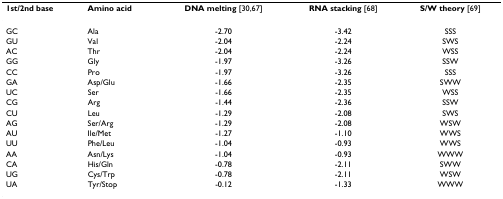
<table><thead><tr><td><b>1st/2nd base</b></td><td><b>Amino acid</b></td><td><b>DNA melting [30,67]</b></td><td><b>RNA stacking [68]</b></td><td><b>S/W theory [69]</b></td></tr></thead><tbody><tr><td>GC</td><td>Ala</td><td>-2.70</td><td>-3.42</td><td>SSS</td></tr><tr><td>GU</td><td>Val</td><td>-2.04</td><td>-2.24</td><td>SWS</td></tr><tr><td>AC</td><td>Thr</td><td>-2.04</td><td>-2.24</td><td>WSS</td></tr><tr><td>GG</td><td>Gly</td><td>-1.97</td><td>-3.26</td><td>SSW</td></tr><tr><td>CC</td><td>Pro</td><td>-1.97</td><td>-3.26</td><td>SSS</td></tr><tr><td>GA</td><td>Asp/Glu</td><td>-1.66</td><td>-2.35</td><td>SWW</td></tr><tr><td>UC</td><td>Ser</td><td>-1.66</td><td>-2.35</td><td>WSS</td></tr><tr><td>CG</td><td>Arg</td><td>-1.44</td><td>-2.36</td><td>SSW</td></tr><tr><td>CU</td><td>Leu</td><td>-1.29</td><td>-2.08</td><td>SWS</td></tr><tr><td>AG</td><td>Ser/Arg</td><td>-1.29</td><td>-2.08</td><td>WSW</td></tr><tr><td>AU</td><td>Ile/Met</td><td>-1.27</td><td>-1.10</td><td>WWS</td></tr><tr><td>UU</td><td>Phe/Leu</td><td>-1.04</td><td>-0.93</td><td>WWS</td></tr><tr><td>AA</td><td>Asn/Lys</td><td>-1.04</td><td>-0.93</td><td>WWW</td></tr><tr><td>CA</td><td>His/Gln</td><td>-0.78</td><td>-2.11</td><td>SWW</td></tr><tr><td>UG</td><td>Cys/Trp</td><td>-0.78</td><td>-2.11</td><td>WSW</td></tr><tr><td>UA</td><td>Tyr/Stop</td><td>-0.12</td><td>-1.33</td><td>WWW</td></tr></tbody></table>